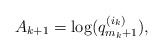
\begin{align*}A_{k + 1} = \log(q_{m_k + 1}^{(i_k)}),\end{align*}